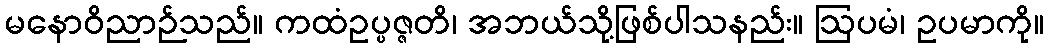
မနောဝိညာဉ်သည်။ ကထံဥပ္ပဇ္ဇတိ၊ အဘယ်သို့ဖြစ်ပါသနည်း။ ဩပမံ၊ ဥပမာကို။